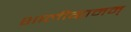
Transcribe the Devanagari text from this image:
शालीग्रामम्